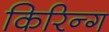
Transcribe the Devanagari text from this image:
किरिन्ग